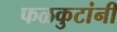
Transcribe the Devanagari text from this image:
फळकुटांनी